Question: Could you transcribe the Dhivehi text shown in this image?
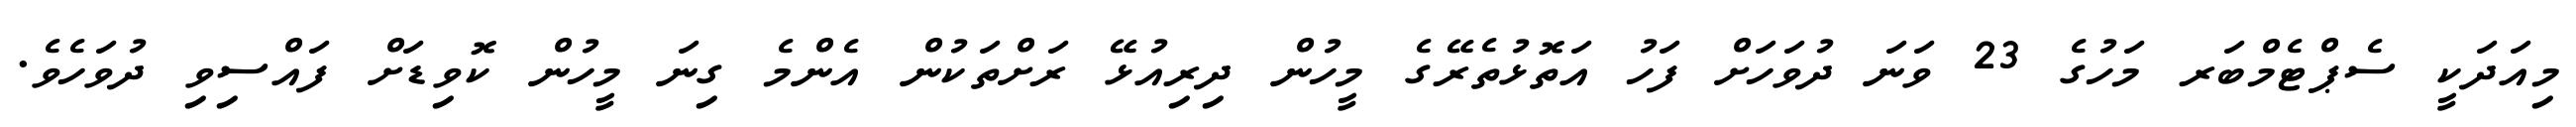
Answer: މިއަދަކީ ސެޕްޓެމްބަރ މަހުގެ 23 ވަނަ ދުވަހަށް ފަހު އަތޮޅުތެރޭގެ މީހުން ދިރިއުޅޭ ރަށްތަކުން އެންމެ ގިނަ މީހުން ކޮވިޑަށް ފައްސިވި ދުވަހެވެ.